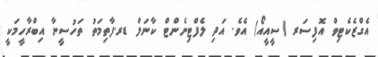
އެގްޒެކެޓިވް އޮފިސަރ (ސީއީއޯ) އެވެ. އަދި ލެފްޓިނެންޓް ކާނަލް ޑރ.ފާތިމަތު ތަހުސީނާ އިބްރާހީމަކީ